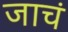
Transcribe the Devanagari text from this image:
जाचं